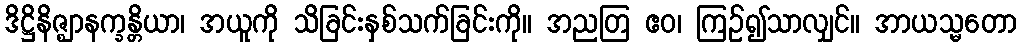
ဒိဋ္ဌိနိဇ္ဈာနက္ခန္တိယာ၊ အယူကို သိခြင်းနှစ်သက်ခြင်းကို။ အညတြ ဧဝ၊ ကြဉ်၍သာလျှင်။ အာယသ္မတော